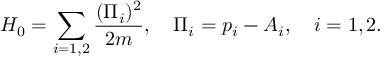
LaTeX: H _ { 0 } = \sum _ { i = 1 , 2 } { \frac { ( \Pi _ { i } ) ^ { 2 } } { 2 m } } , \ \ \ \Pi _ { i } = p _ { i } - A _ { i } , \ \ \ i = 1 , 2 .